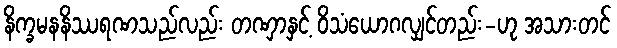
နိက္ခမနနိဿရဏသည်လည်း တဏှာနှင့် ဝိသံယောဂလျှင်တည်း-ဟု အသားတင်